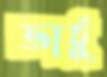
ভার্চু